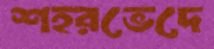
শহরভেদে